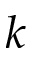
k